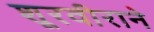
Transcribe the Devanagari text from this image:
शूरवीराने